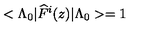
< \Lambda _ { 0 } | \widehat { F } ^ { i } ( z ) | \Lambda _ { 0 } > = 1